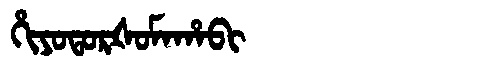
Manchu: ᡥᡳᠶᠣᡨᠣᡵᡧᠣᠮᠠᡥᠠᠪᡳ
Romanization: HIYOTORŠOMAHABI